画像に写った文字を読んでください
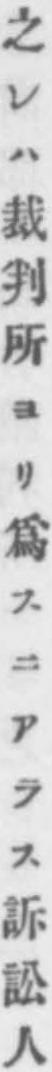
「之レハ裁判所ヨリ爲スニアラス訴訟人」と書いてあります